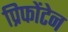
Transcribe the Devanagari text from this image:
प्रिफोंटेन